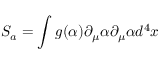
S _ { a } = \int g ( \alpha ) \partial _ { \mu } \alpha \partial _ { \mu } \alpha d ^ { 4 } x